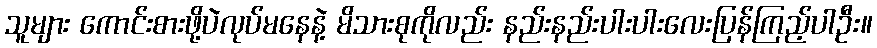
သူများ ကောင်းစားဖို့ပဲလုပ်မနေနဲ့ မိသားစုကိုလည်း နည်းနည်းပါးပါးလေးပြန်ကြည့်ပါဦး။